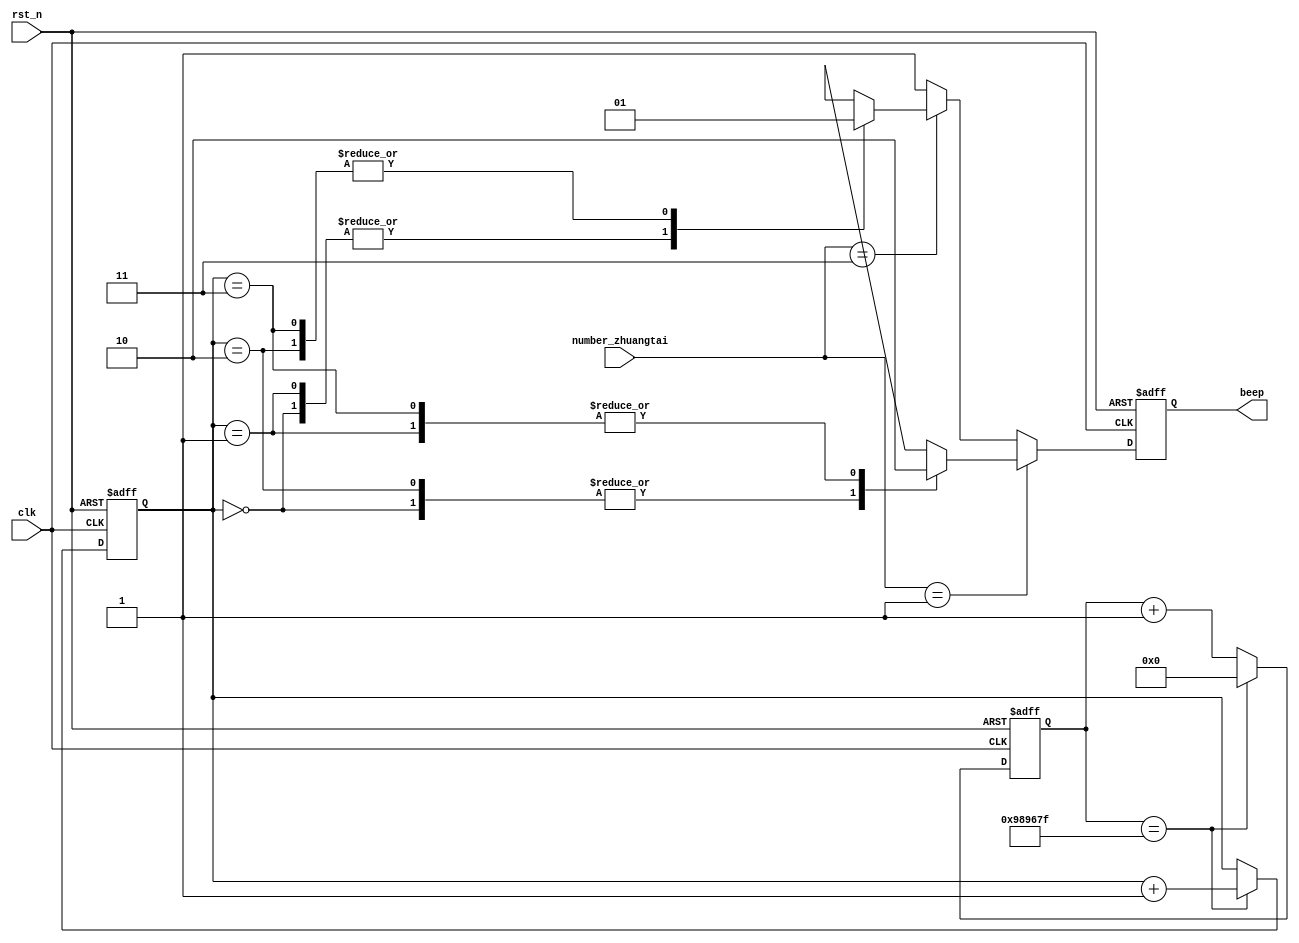
module beep(
     input wire clk,
	  input wire rst_n,
	  input wire [1:0] number_zhuangtai,
	  
	  output reg beep
);

//0.2s10_000_000 , 50_000_0001s
reg[23:0] cnt;

//4LED0-1-2-3,00-01-10-11
reg [1:0]  flag;

//0.1s
always @(posedge clk or negedge rst_n)begin
if(!rst_n)
    cnt<=1'b0;
else
    if(cnt==24'd10_000_000 -1)
	     cnt<=1'b0;
	 else 
	     cnt<=cnt+1'b1;
end


//
always @(posedge clk or negedge rst_n)begin
      if(!rst_n)
		   flag<=1'b0;
		else if(cnt==24'd10_000_000 -1)
		    flag<=flag+1'b1;
		else 
		     flag<=flag;

end

//
always @(posedge clk or negedge rst_n)begin
      if(!rst_n)begin
		   beep<=1'b1;
		end
		
		else if(number_zhuangtai ==1'b1)begin
		case(flag) 
			      2'b00: beep<=1'b1;
					2'b01: beep<=1'b0;
					2'b10: beep<=1'b1;
					2'b11: beep<=1'b0;
					default : beep<=1'b0;
			 
			 endcase
		end
		
		else if(number_zhuangtai ==2'b11)begin
		case(flag) 
			      2'b00: beep<=1'b0;
					2'b01: beep<=1'b0;
					2'b10: beep<=1'b1;
					2'b11: beep<=1'b1;
					default : beep<=1'b0;
			 
			 endcase
		end
		
		else begin
		   beep<=1'b1;
		end
end


endmodule